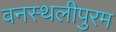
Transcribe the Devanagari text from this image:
वनस्थलीपुरम